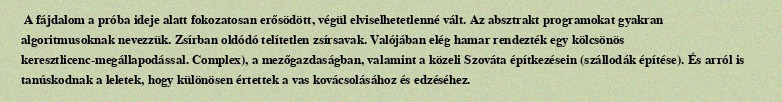
A fájdalom a próba ideje alatt fokozatosan erősödött, végül elviselhetetlenné vált. Az absztrakt programokat gyakran algoritmusoknak nevezzük. Zsírban oldódó telítetlen zsírsavak. Valójában elég hamar rendezték egy kölcsönös keresztlicenc-megállapodással. Complex), a mezőgazdaságban, valamint a közeli Szováta építkezésein (szállodák építése). És arról is tanúskodnak a leletek, hogy különösen értettek a vas kovácsolásához és edzéséhez.